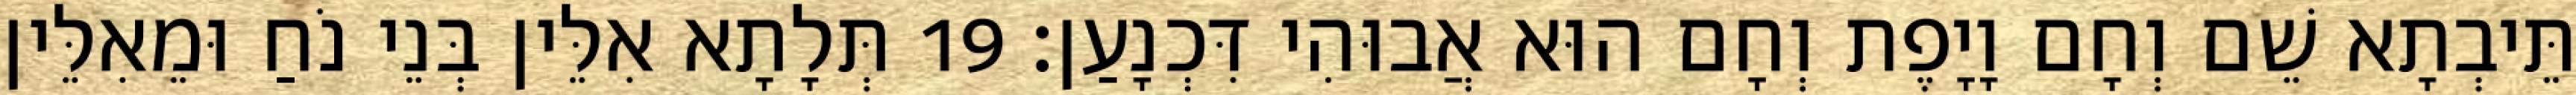
תֵּיבְתָא שֵׁם וְחָם וָיָפֶת וְחָם הוּא אֲבוּהִי דִּכְנָעַן׃ 19 תְּלָתָא אִלֵּין בְּנֵי נֹחַ וּמֵאִלֵּין